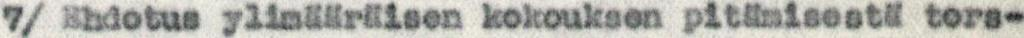
7/ Ehdotus ylimääräisen kokouksen pitämisestä tors-